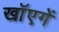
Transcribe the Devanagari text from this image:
खाॅएगें